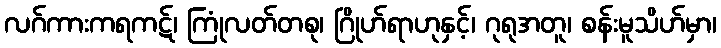
လဂ်ကားကရကဋ်၊ ကြုံလတ်တစု၊ ဂြိုဟ်ရာဟုနှင့်၊ ဂုရုအတူ၊ စန်းမူသိဟ်မှာ၊